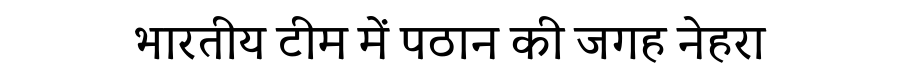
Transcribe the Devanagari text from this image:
भारतीय टीम में पठान की जगह नेहरा